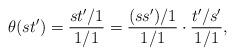
LaTeX: \begin{align*}\theta(st') = \frac{st'/1}{1/1} = \frac{(ss')/1}{1/1} \cdot \frac{t'/s'}{1/1}, \end{align*}